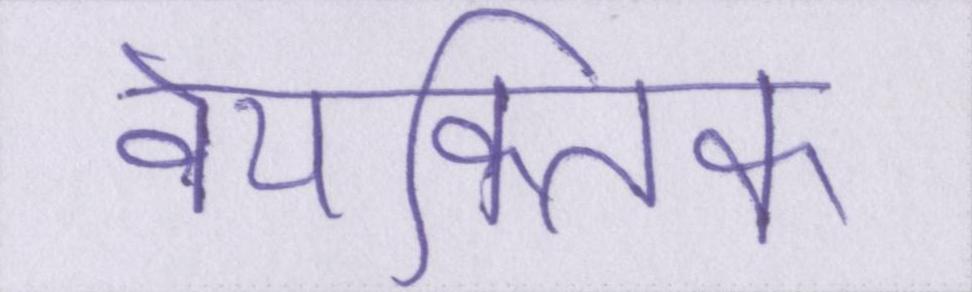
वैयक्तिक